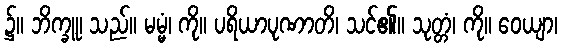
၌။ ဘိက္ခူ၊ သည်။ မမ္မံ၊ ကို။ ပရိယာပုဏာတိ၊ သင်၏။ သုတ္တံ၊ ကို။ ဝေယျာ၊